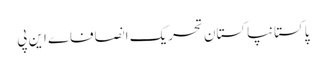
پاکستانپاکستان تحریک انصافاے این پی